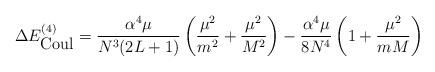
LaTeX: \begin{align*}\Delta E^{(4)}_{\mbox{\rm Coul}}=\frac {\alpha^4\mu}{N^3(2L+1)}\left(\frac {\mu^2}{m^2}+\frac {\mu^2}{M^2}\right)-\frac {\alpha^4\mu}{8N^4}\left(1+\frac {\mu^2}{mM}\right)\end{align*}